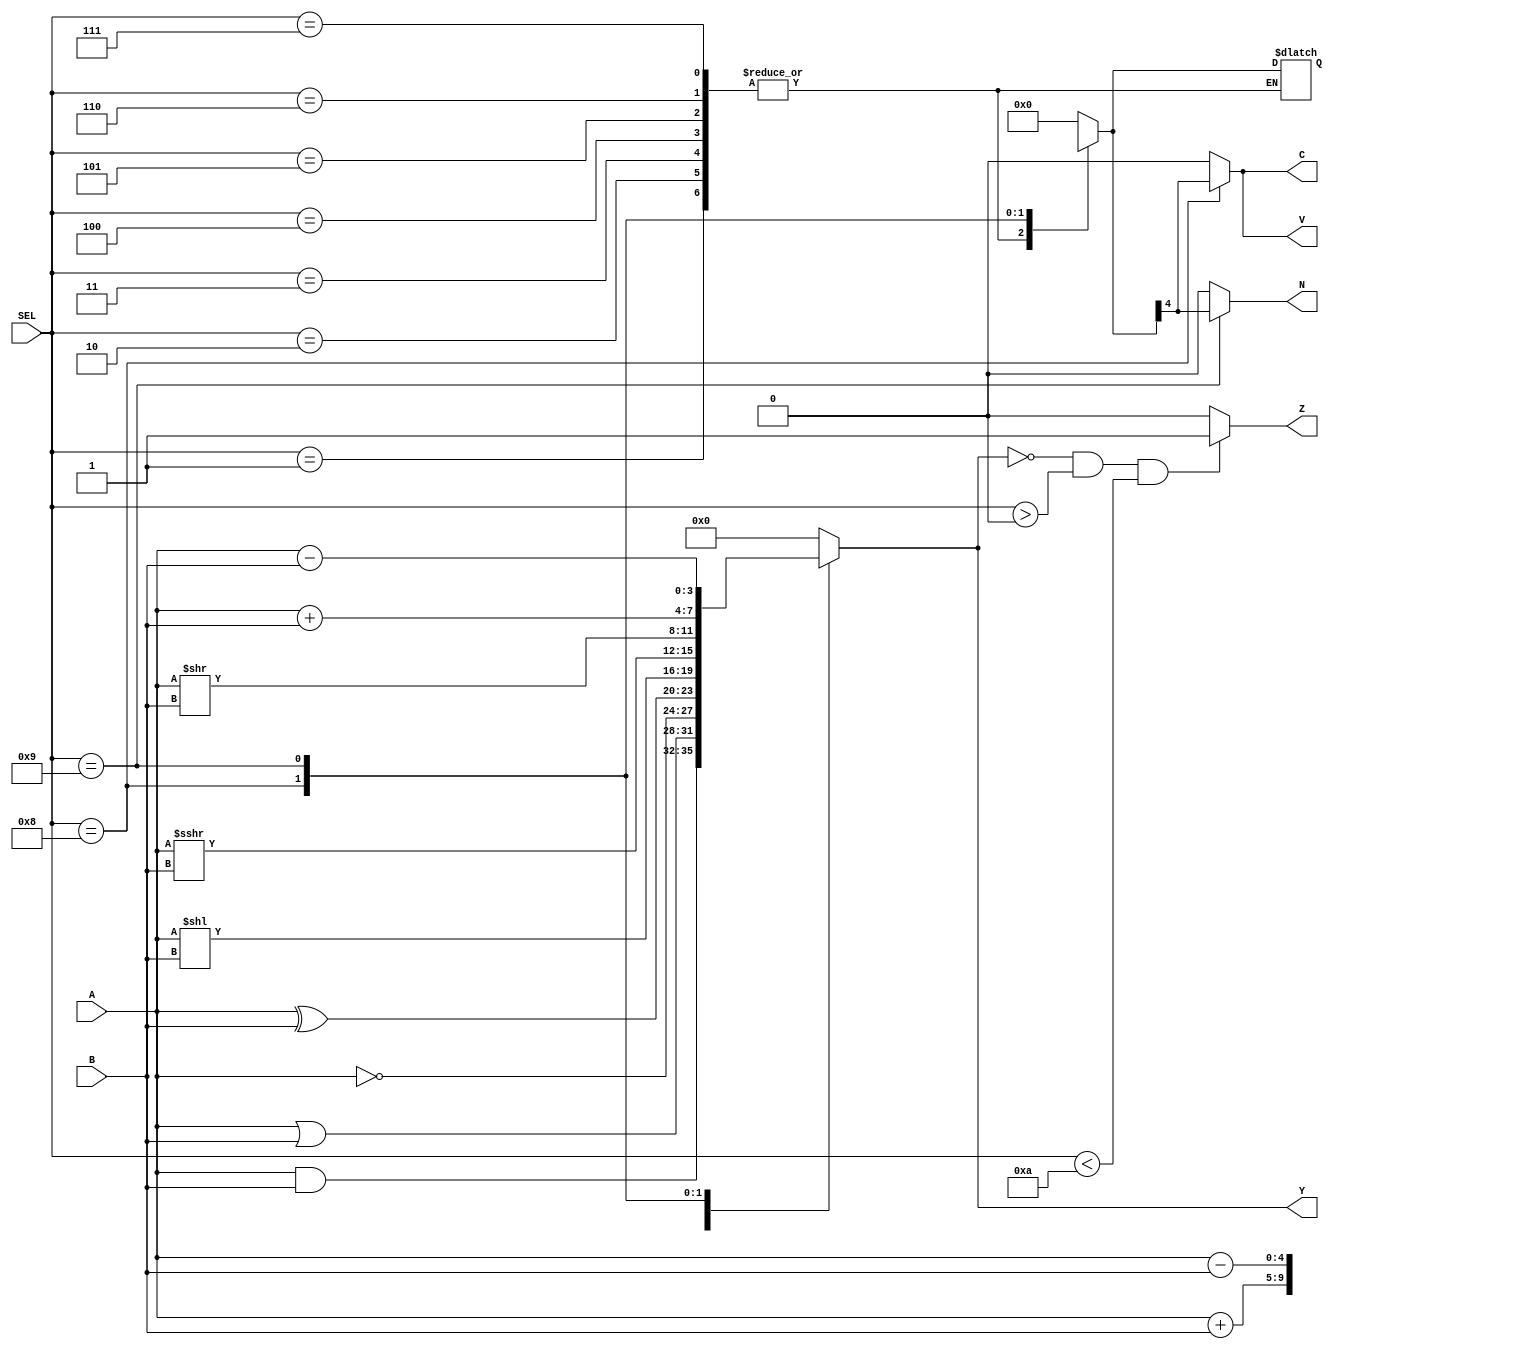
`timescale 1ns / 1ps
//////////////////////////////////////////////////////////////////////////////////
// Company: 
// Engineer: 
// 
// Design Name: 
// Module Name: ALU
// Project Name: 
// Target Devices: 
// Tool Versions: 
// Description: 
// 
// Dependencies: 
// 
// Revision:
// Revision 0.01 - File Created
// Additional Comments:
// 
//////////////////////////////////////////////////////////////////////////////////


module ALU( input [3:0] A,B,SEL,
            output reg N,Z,C,V,
            output reg [3:0] Y);
    reg [4:0] sum;
    always @(*) begin
    case (SEL)
    4'd1: Y[3:0]= A&B;   
    4'd2: Y[3:0]= A|B;
    4'd3: Y[3:0]= ~A;
    4'd4: Y[3:0]= A^B;
    4'd5: Y[3:0]= A<<B;
    4'd6: Y[3:0]= $signed(A)>>>B;
    4'd7: Y[3:0]= A>>B;
    4'd8: begin
             Y[3:0]= A+B;
             sum=A+B;
             
          end
    4'd9: begin 
            Y[3:0]= A-B;
             sum=A-B;
             
              end
    default:begin
             Y[3:0]=4'd0;
             
             sum=0;
             end
    endcase
    if (SEL==4'd8) begin
        C=sum[4];
        V=sum[4];
        end
     else begin
        C=0;
        V=0;
        end
     if (SEL==4'd9) N=sum[4];
     else N=0;
     
     
     if ((Y==0) && (SEL>0) && (SEL <10)) Z=1;
     else Z=0;
    end
    
    
    
    /*assign sum=(SEL==4'd8)?(A+B):0;
    assign C=(SEL==4'd8)?sum[4]:1'b0;
    assign V=(SEL==4'd8)?sum[4]:1'b0;
    assign N=((A<B) && SEL==4'd9)?1'b1:1'b0;
    assign Z=(Y==0)?1'b1:1'b0;*/
    
endmodule